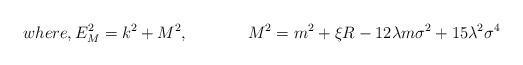
LaTeX: \begin{align*}where,E_M^2=k^2+M^2,\hspace{1.5cm}M^2=m^2+\xi R-12\lambda m\sigma^2+15\lambda ^2\sigma ^4\end{align*}